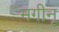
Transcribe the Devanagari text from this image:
मगीनू